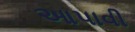
આપાવી